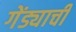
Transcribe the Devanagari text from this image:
गेंड्याची